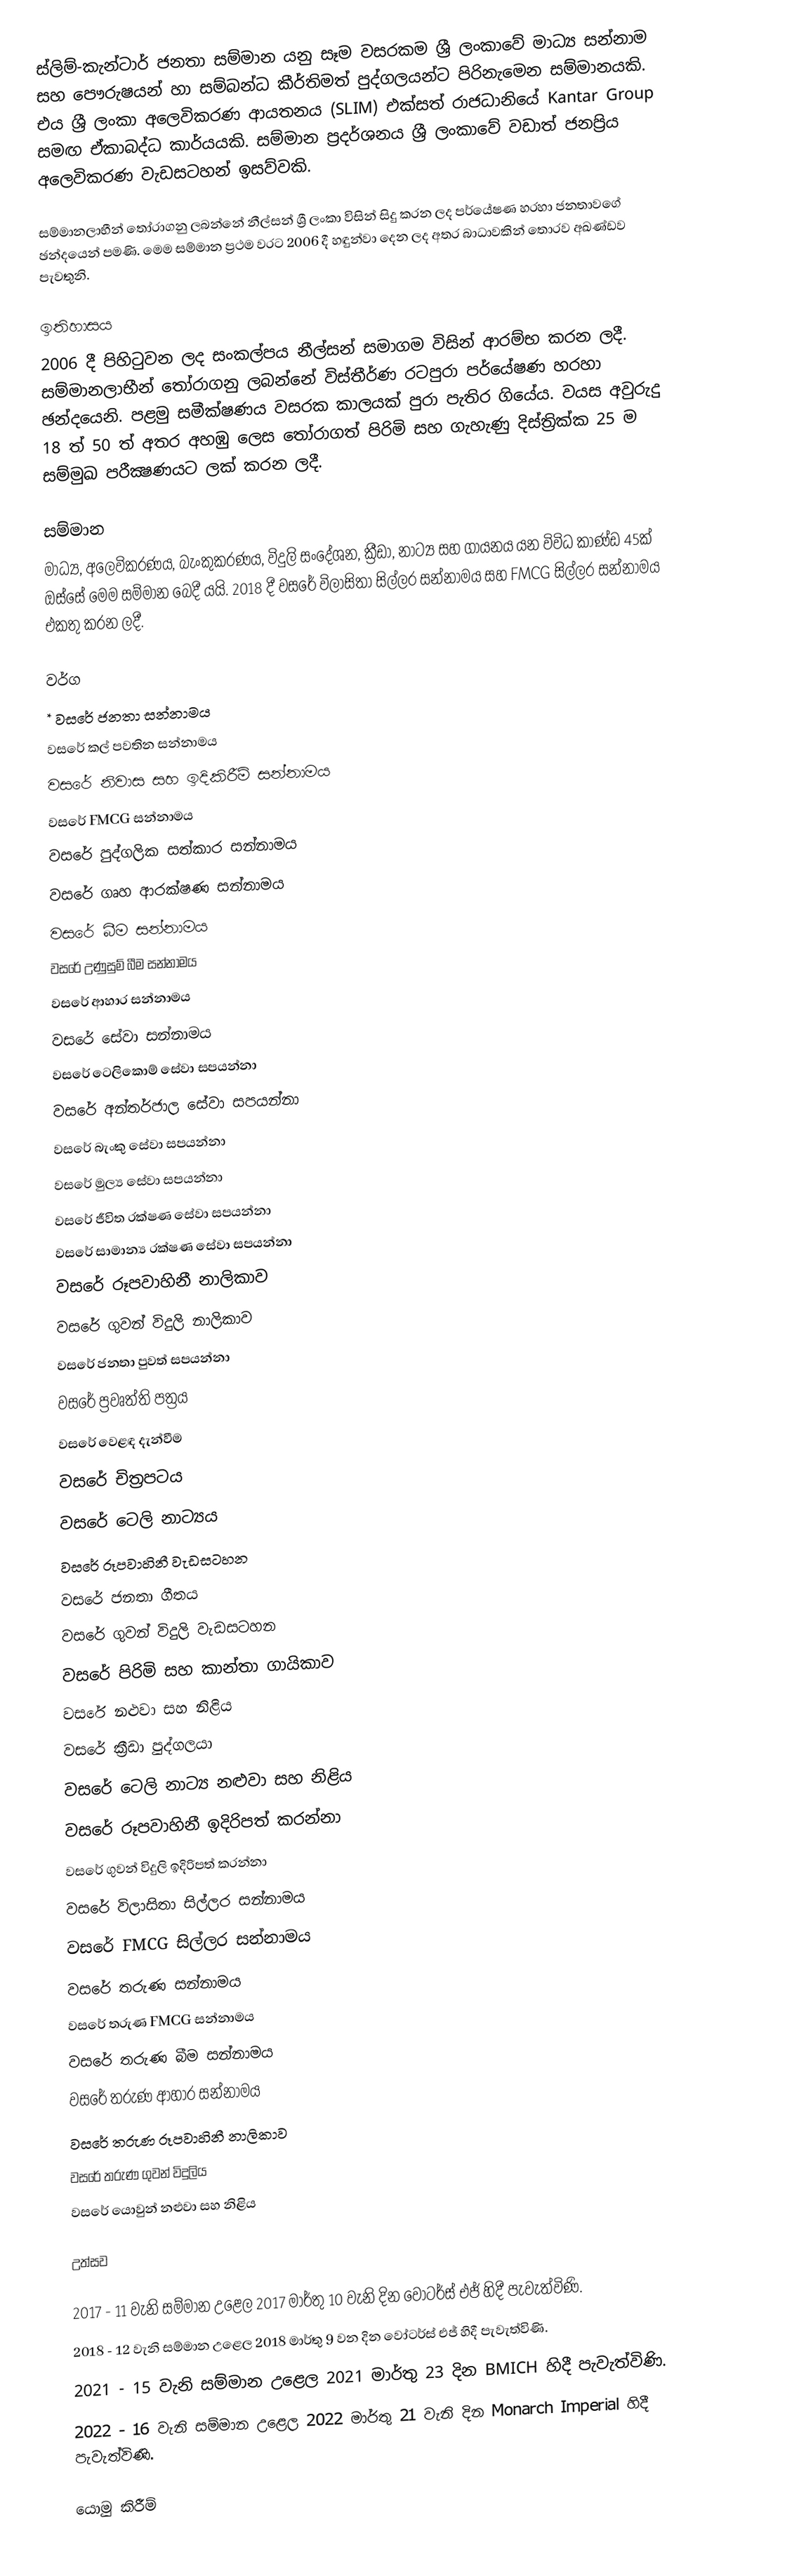
ස්ලිම්-කැන්ටාර් ජනතා සම්මාන යනු සෑම වසරකම ශ්‍රී ලංකාවේ මාධ්‍ය සන්නාම සහ පෞරුෂයන් හා සම්බන්ධ කීර්තිමත් පුද්ගලයන්ට පිරිනැමෙන සම්මානයකි. එය ශ්‍රී ලංකා අලෙවිකරණ ආයතනය (SLIM) එක්සත් රාජධානියේ Kantar Group සමඟ ඒකාබද්ධ කාර්යයකි. සම්මාන ප්‍රදර්ශනය ශ්‍රී ලංකාවේ වඩාත් ජනප්‍රිය අලෙවිකරණ වැඩසටහන් ඉසව්වකි.

සම්මානලාභීන් තෝරාගනු ලබන්නේ නීල්සන් ශ්‍රී ලංකා විසින් සිදු කරන ලද පර්යේෂණ හරහා ජනතාවගේ ඡන්දයෙන් පමණි. මෙම සම්මාන ප්‍රථම වරට 2006 දී හඳුන්වා දෙන ලද අතර බාධාවකින් තොරව අඛණ්ඩව පැවතුනි.

ඉතිහාසය
2006 දී පිහිටුවන ලද  සංකල්පය නීල්සන් සමාගම විසින් ආරම්භ කරන ලදී. සම්මානලාභීන් තෝරාගනු ලබන්නේ විස්තීර්ණ රටපුරා පර්යේෂණ හරහා ඡන්දයෙනි.  පළමු සමීක්ෂණය වසරක කාලයක් පුරා පැතිර ගියේය. වයස අවුරුදු 18 ත් 50 ත් අතර අහඹු ලෙස තෝරාගත් පිරිමි සහ ගැහැණු දිස්ත්‍රික්ක 25 ම සම්මුඛ පරීක්‍ෂණයට ලක් කරන ලදී.

සම්මාන
මාධ්‍ය, අලෙවිකරණය, බැංකුකරණය, විදුලි සංදේශන, ක්‍රීඩා, නාට්‍ය සහ ගායනය යන විවිධ කාණ්ඩ 45ක් ඔස්සේ මෙම සම්මාන බෙදී යයි.  2018 දී වසරේ විලාසිතා සිල්ලර සන්නාමය සහ FMCG සිල්ලර සන්නාමය එකතු කරන ලදී.

වර්ග
 * වසරේ ජනතා සන්නාමය
 වසරේ කල් පවතින සන්නාමය
 වසරේ නිවාස සහ ඉදිකිරීම් සන්නාමය
 වසරේ FMCG සන්නාමය
 වසරේ පුද්ගලික සත්කාර සන්නාමය
 වසරේ ගෘහ ආරක්ෂණ සන්නාමය
 වසරේ බීම සන්නාමය
 වසරේ උණුසුම් බීම සන්නාමය
 වසරේ ආහාර සන්නාමය
 වසරේ සේවා සන්නාමය
 වසරේ ටෙලිකොම් සේවා සපයන්නා
 වසරේ අන්තර්ජාල සේවා සපයන්නා
 වසරේ බැංකු සේවා සපයන්නා
 වසරේ මුල්‍ය සේවා සපයන්නා
 වසරේ ජීවිත රක්ෂණ සේවා සපයන්නා
 වසරේ සාමාන්‍ය රක්ෂණ සේවා සපයන්නා
 වසරේ රූපවාහිනී නාලිකාව
 වසරේ ගුවන් විදුලි නාලිකාව
 වසරේ ජනතා පුවත් සපයන්නා
 වසරේ ප්‍රවෘත්ති පත්‍රය
 වසරේ වෙළඳ දැන්වීම
 වසරේ චිත්‍රපටය
 වසරේ ටෙලි නාට්‍යය
 වසරේ රූපවාහිනී වැඩසටහන
 වසරේ ජනතා ගීතය
 වසරේ ගුවන් විදුලි වැඩසටහන
 වසරේ පිරිමි සහ කාන්තා ගායිකාව
 වසරේ නළුවා සහ නිළිය
 වසරේ ක්‍රීඩා පුද්ගලයා
 වසරේ ටෙලි නාට්‍ය නළුවා සහ නිළිය
 වසරේ රූපවාහිනී ඉදිරිපත් කරන්නා
 වසරේ ගුවන් විදුලි ඉදිරිපත් කරන්නා
 වසරේ විලාසිතා සිල්ලර සන්නාමය
 වසරේ FMCG සිල්ලර සන්නාමය
 වසරේ තරුණ සන්නාමය
 වසරේ තරුණ FMCG සන්නාමය
 වසරේ තරුණ බීම සන්නාමය
 වසරේ තරුණ ආහාර සන්නාමය
 වසරේ තරුණ රූපවාහිනී නාලිකාව
 වසරේ තරුණ ගුවන් විදුලිය
 වසරේ යොවුන් නළුවා සහ නිළිය

උත්සව

 2017 - 11 වැනි සම්මාන උළෙල 2017 මාර්තු 10 වැනි දින වෝටර්ස් එජ් හිදී පැවැත්විණි.
 2018 - 12 වැනි සම්මාන උළෙල 2018 මාර්තු 9 වන දින වෝටර්ස් එජ් හිදී පැවැත්විණි.
 2021 - 15 වැනි සම්මාන උළෙල 2021 මාර්තු 23 දින BMICH හිදී පැවැත්විණි.
 2022 - 16 වැනි සම්මාන උළෙල 2022 මාර්තු 21 වැනි දින Monarch Imperial හිදී පැවැත්විණි.

යොමු කිරීම්